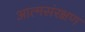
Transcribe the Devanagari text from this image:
आत्मसंरक्षण